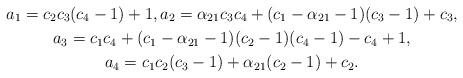
LaTeX: \begin{gather*}a_1= c_2 c_3 (c_4-1)+1, a_2=\alpha_{21} c_3 c_4+ (c_1-\alpha_{21}-1)(c_3-1)+ c_3,\\a_3= c_1c_4+ (c_1-\alpha_{21}-1)(c_2- 1)(c_4-1)-c_4+1, \\a_4=c_1 c_2(c_3-1)+ \alpha_{21}(c_2-1)+ c_2.\end{gather*}